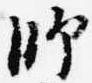
師